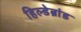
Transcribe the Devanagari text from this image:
हिल्डेब्रांड